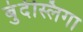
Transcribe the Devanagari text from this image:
बुंदेस्लिगा